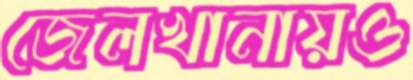
জেলখানায়ও